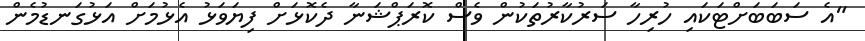
"އެ ސަބަބަށްޓަކައި ހުރިހާ ސަރުކާރުތަކުން ވެސް ކޮރަޕްޝަނާ ދެކޮޅަށް ފިޔަވަޅު އެޅުމަށް އަޅުގަނޑުމެން